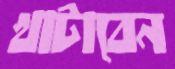
খাটাবেন